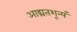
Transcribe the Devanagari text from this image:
आद्यंतशून्यं